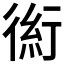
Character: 𰳪